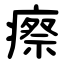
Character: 瘵